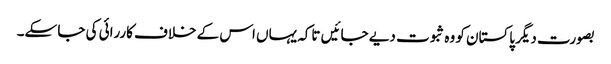
بصورت دیگر پاکستان کو وہ ثبوت دیے جائیں تاکہ یہاں اس کے خلاف کاررائی کی جا سکے۔